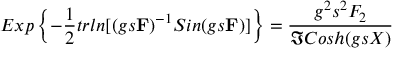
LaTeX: E x p \left\{ - \frac { 1 } { 2 } t r l n [ ( g s { \bf F } ) ^ { - 1 } S i n ( g s { \bf F } ) ] \right\} = \frac { g ^ { 2 } s ^ { 2 } { \cal F } _ { 2 } } { \Im C o s h ( g s X ) }